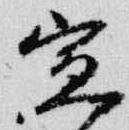
宣